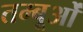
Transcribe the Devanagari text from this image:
तम्बूओं